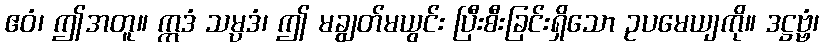
ဧဝံ၊ ဤအတူ။ ဣဒံ သမ္ပဒံ၊ ဤ မချွတ်မယွင်း ပြီးစီးခြင်းရှိသော ဥပမေယျကို။ ဒဋ္ဌဗ္ဗံ၊